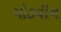
ગોડવીન